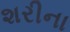
શરીના